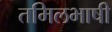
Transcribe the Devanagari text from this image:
तमिलभाषी